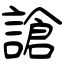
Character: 謒